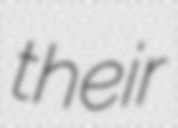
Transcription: their